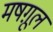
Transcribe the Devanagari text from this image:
मषग़ूल